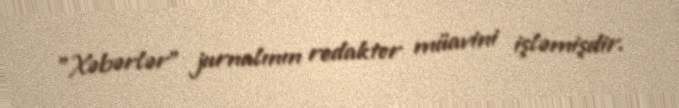
"Xəbərlər" jurnalının redaktor müavini işləmişdir.